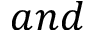
a n d